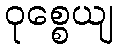
ဝုစ္စေယျ